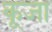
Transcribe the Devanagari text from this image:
कूजा